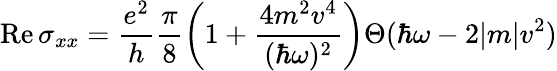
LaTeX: \mathrm{Re}\, \sigma_{xx}=\frac{e^{2}}{h}\frac{\pi}{8}\bigg(1+\frac{4m^{2}v^{4}}{(\hbar\omega)^{2}}\bigg)\Theta(\hbar\omega-2|m|v^{2})